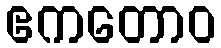
ဧကတောဝ